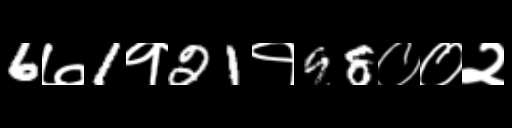
Text: 6७1१21१98००२